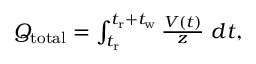
\begin{array} { r } { Q _ { \mathrm { t o t a l } } = \int _ { t _ { \mathrm { r } } } ^ { t _ { \mathrm { r } } + t _ { \mathrm { w } } } \frac { V ( t ) } { z } ~ d t , } \end{array}